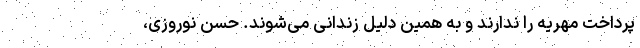
پرداخت مهریه را ندارند و به همین دلیل زندانی می‌شوند. حسن نوروزی،